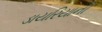
ડાયરિયાની